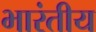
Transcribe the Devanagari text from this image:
भारंतीय